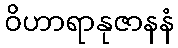
ဝိဟာရာနုဇာနနံ